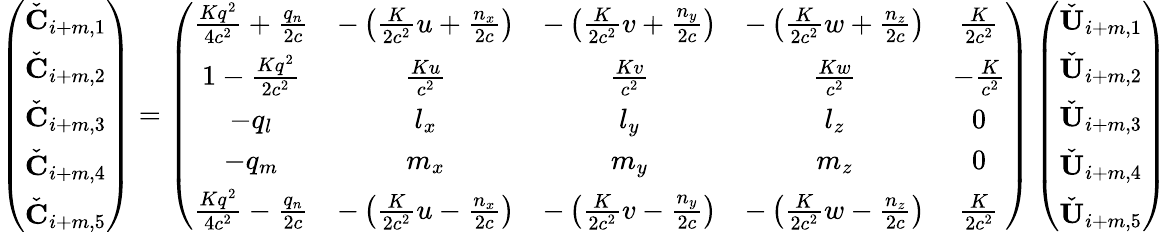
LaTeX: \left(\begin{array}{c}{\check{\mathbf{C}}_{i+m,1}}\\ {\check{\mathbf{C}}_{i+m,2}}\\ {\check{\mathbf{C}}_{i+m,3}}\\ {\check{\mathbf{C}}_{i+m,4}}\\ {\check{\mathbf{C}}_{i+m,5}}\end{array}\right)=\left(\begin{array}{ccccc}{\frac{Kq^{2}}{4c^{2}}+\frac{q_{n}}{2c}}&{-\left(\frac{K}{2c^{2}}u+\frac{n_{x}}{2c}\right)}&{-\left(\frac{K}{2c^{2}}v+\frac{n_{y}}{2c}\right)}&{-\left(\frac{K}{2c^{2}}w+\frac{n_{z}}{2c}\right)}&{\frac{K}{2c^{2}}}\\ {1-\frac{Kq^{2}}{2c^{2}}}&{\frac{Ku}{c^{2}}}&{\frac{Kv}{c^{2}}}&{\frac{Kw}{c^{2}}}&{-\frac{K}{c^{2}}}\\ {-q_{l}}&{l_{x}}&{l_{y}}&{l_{z}}&{0}\\ {-q_{m}}&{m_{x}}&{m_{y}}&{m_{z}}&{0}\\ {\frac{Kq^{2}}{4c^{2}}-\frac{q_{n}}{2c}}&{-\left(\frac{K}{2c^{2}}u-\frac{n_{x}}{2c}\right)}&{-\left(\frac{K}{2c^{2}}v-\frac{n_{y}}{2c}\right)}&{-\left(\frac{K}{2c^{2}}w-\frac{n_{z}}{2c}\right)}&{\frac{K}{2c^{2}}}\end{array}\right)\left(\begin{array}{c}{\check{\mathbf{U}}_{i+m,1}}\\ {\check{\mathbf{U}}_{i+m,2}}\\ {\check{\mathbf{U}}_{i+m,3}}\\ {\check{\mathbf{U}}_{i+m,4}}\\ {\check{\mathbf{U}}_{i+m,5}}\end{array}\right)